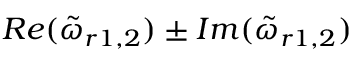
R e ( \tilde { \omega } _ { r 1 , 2 } ) \pm I m ( \tilde { \omega } _ { r 1 , 2 } )